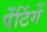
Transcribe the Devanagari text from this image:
पेंटिंगें